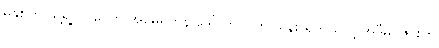
မနှစ်က သူ့ရဲ့ ဝင်ငွေက အမေရိကန် ဒေါ်လာ ၂၁၈ သန်း ရှိတယ်လို့ အဲဒီမဂ္ဂဇင်းက